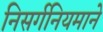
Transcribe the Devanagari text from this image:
निसर्गनियमाने